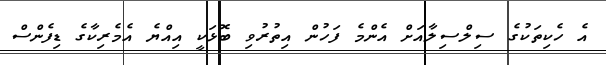
އެ ހެކިތަކުގެ ސިލްސިލާއަށް އެންމެ ފަހުން އިތުރުވި ބޮޅަކީ އިއްޔެ އެމެރިކާގެ ޑިފެންސް